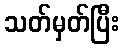
သတ်မှတ်ပြီး